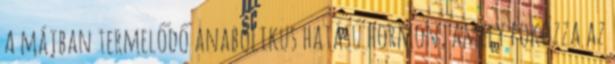
A májban termelődő anabolikus hatású hormon, amely fokozza az